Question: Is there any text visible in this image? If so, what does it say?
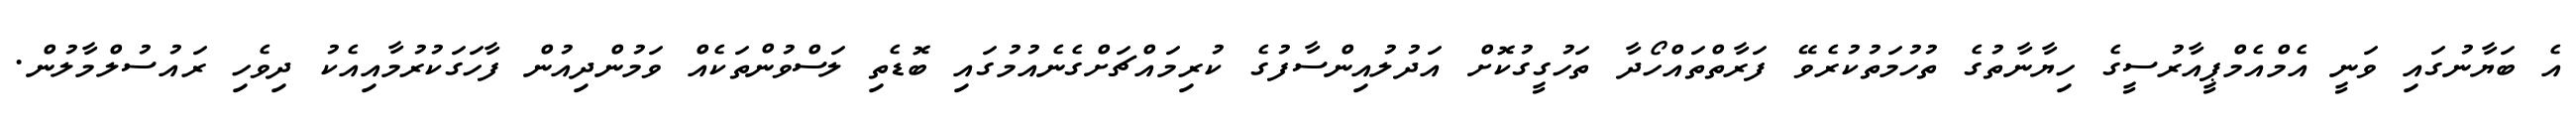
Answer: އެ ބަޔާނުގައި ވަނީ އެމްއެމްޕީއާރުސީގެ ހިޔާނާތުގެ ތުހުމަތުކުރެވޭ ފަރާތްތައްހޯދާ ތަހުގީގުކޮށް އަދުލުއިންސާފުގެ ކުރިމައްޗަށްގެނެއުމުގައި ބޮޑެތި ލަސްވުންތަކެއް ވަމުންދިއުން ފާހަގަކުރުމާއިއެކު ދިވެހި ރައުސުލްމާލުން.